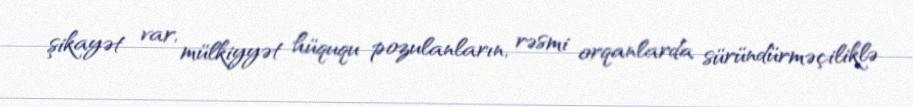
şikayət var, mülkiyyət hüququ pozulanların, rəsmi orqanlarda süründürməçiliklə